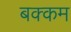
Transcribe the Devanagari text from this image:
बक्कम